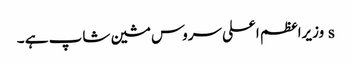
s وزیراعظم اعلی سروس مشین شاپ ہے ۔